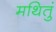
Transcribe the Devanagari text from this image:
मथितुं